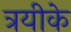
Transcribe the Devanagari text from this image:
त्रयीके